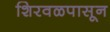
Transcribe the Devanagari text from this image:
शिरवळपासून